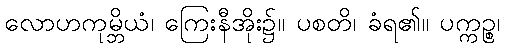
လောဟကုမ္ဘိယံ၊ ကြေးနီအိုး၌။ ပစတိ၊ ခံရ၏။ ပက္ကဉ္စ၊